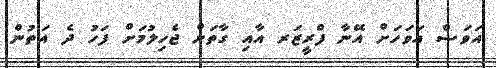
އަވަސް އަވަހަށް އޭނާ ފްރީޒަރ އާއި ގާތަށް ޖެހިލުމަށް ފަހު ދެ އަތުން